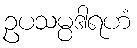
ဥပသမ္ပဒါရဟံ